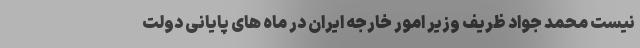
نیست محمد جواد ظریف وزیر امور خارجه ایران در ماه های پایانی دولت